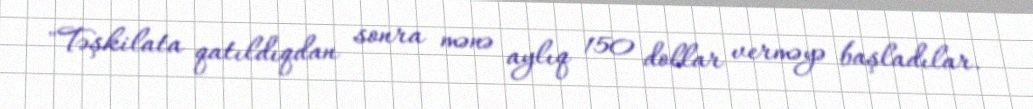
"Təşkilata qatıldıqdan sonra mənə aylıq 150 dollar verməyə başladılar.